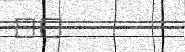
٦٢